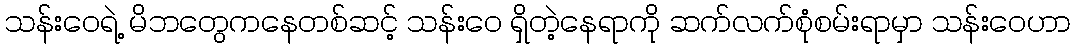
သန်းဝေရဲ့ မိဘတွေကနေတစ်ဆင့် သန်းဝေ ရှိတဲ့နေရာကို ဆက်လက်စုံစမ်းရာမှာ သန်းဝေဟာ